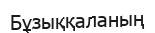
Бұзыққаланың